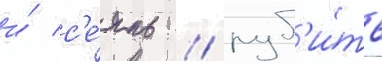
и́ с'е́ять / руб'и́ть